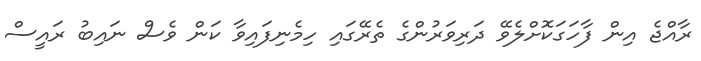
ރާއްޖެ އިން ފާހަގަކޮށްލެވޭ ދަރިވަރުންގެ ތެރޭގައި ހިމެނިފައިވާ ކަން ވެސް ނައިބު ރައީސް